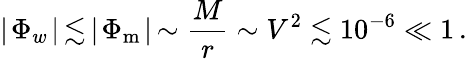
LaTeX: \mid\! \Phi_{w}\! \mid\, \lesssim\, \mid\! \Phi_{\mathrm{m}}\! \mid\, \sim\frac{M}{r}\sim V^{2}\lesssim 10^{-6}\ll 1\, .